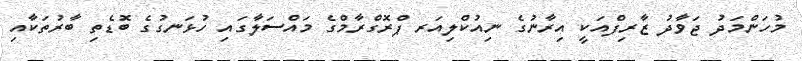
މުހަންމަދު ޖަވާދު ޒާރިފްއަކީ އިރާނުގެ ނިއުކްލިއަރ ޕްރޮގްރާމްގެ މައްސަލާގައި ހުޅަނގުގެ ބޮޑެތި ބާރުތަކާއި